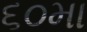
૬૦મા